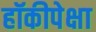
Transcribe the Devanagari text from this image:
हॉकीपेक्षा